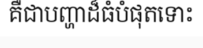
គឺជាបញ្ហាដ៏ធំបំផុតទោះ